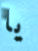
يا